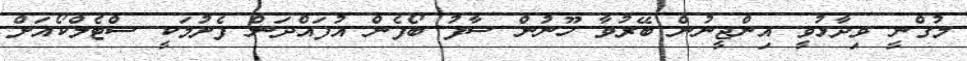
މުގްނީ ވިދާޅުވީ އިންޖީނުން ބޭރުވާ ހޫނުން ސާފު ބޯފެން އުފައްދަން ފެށުމަކީ ސްޓެލްކޯއަށް